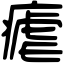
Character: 瘧